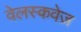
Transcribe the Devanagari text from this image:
वेलस्कवेज़